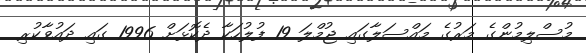
މުސްލިމުންގެ މަރުގެ މައްސަލާގައި ޖުމްލަ 19 ފުލުހަކާ ދެކޮޅަށް 1996 ގައި ދައުވާކުރި